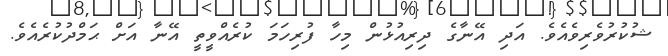
ޝުކުރުވެރިވެއެވެ. އަދި އޭނާގެ ދިރިއުޅުން މިހާ ފުރިހަމަ ކުރެއްވީތީ އޭނާ އަށް ޙަމްދުކުރެއެވެ.